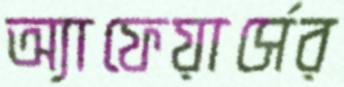
অ্যাফেয়ার্সের